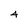
Character: 4